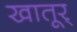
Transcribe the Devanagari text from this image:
खातूर्